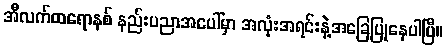
အီလက်ထရောနစ် နည်းပညာအပေါ်မှာ အလုံးအရင်းနဲ့အခြေပြုနေပါပြီ။